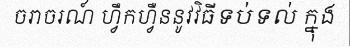
ចរាចរណ៍ ហ្វឹកហ្វឺននូវវិធីទប់ទល់ ក្នុង